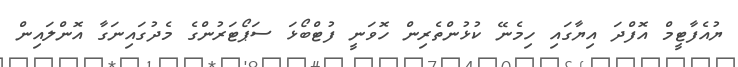
ޔުއެފާޓީމް އޮފްދަ އިޔާގައި ހިމެނޭ ކުޅުންތެރިން ހޮވަނީ ފުޓްބޯޅަ ސަޕޯޓަރުންގެ މެދުގައިނަގާ އޮންލައިން